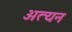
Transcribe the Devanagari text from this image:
अत्यन